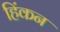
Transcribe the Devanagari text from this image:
हिंकन